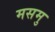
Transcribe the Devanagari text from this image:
मसमु